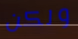
ولكن